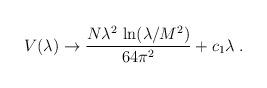
LaTeX: \begin{align*}V(\lambda)\rightarrow\frac{N\lambda^2\,\ln(\lambda/M^2)}{64\pi^2}+c_1\lambda\;.\end{align*}